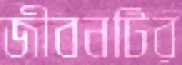
জীবনটির